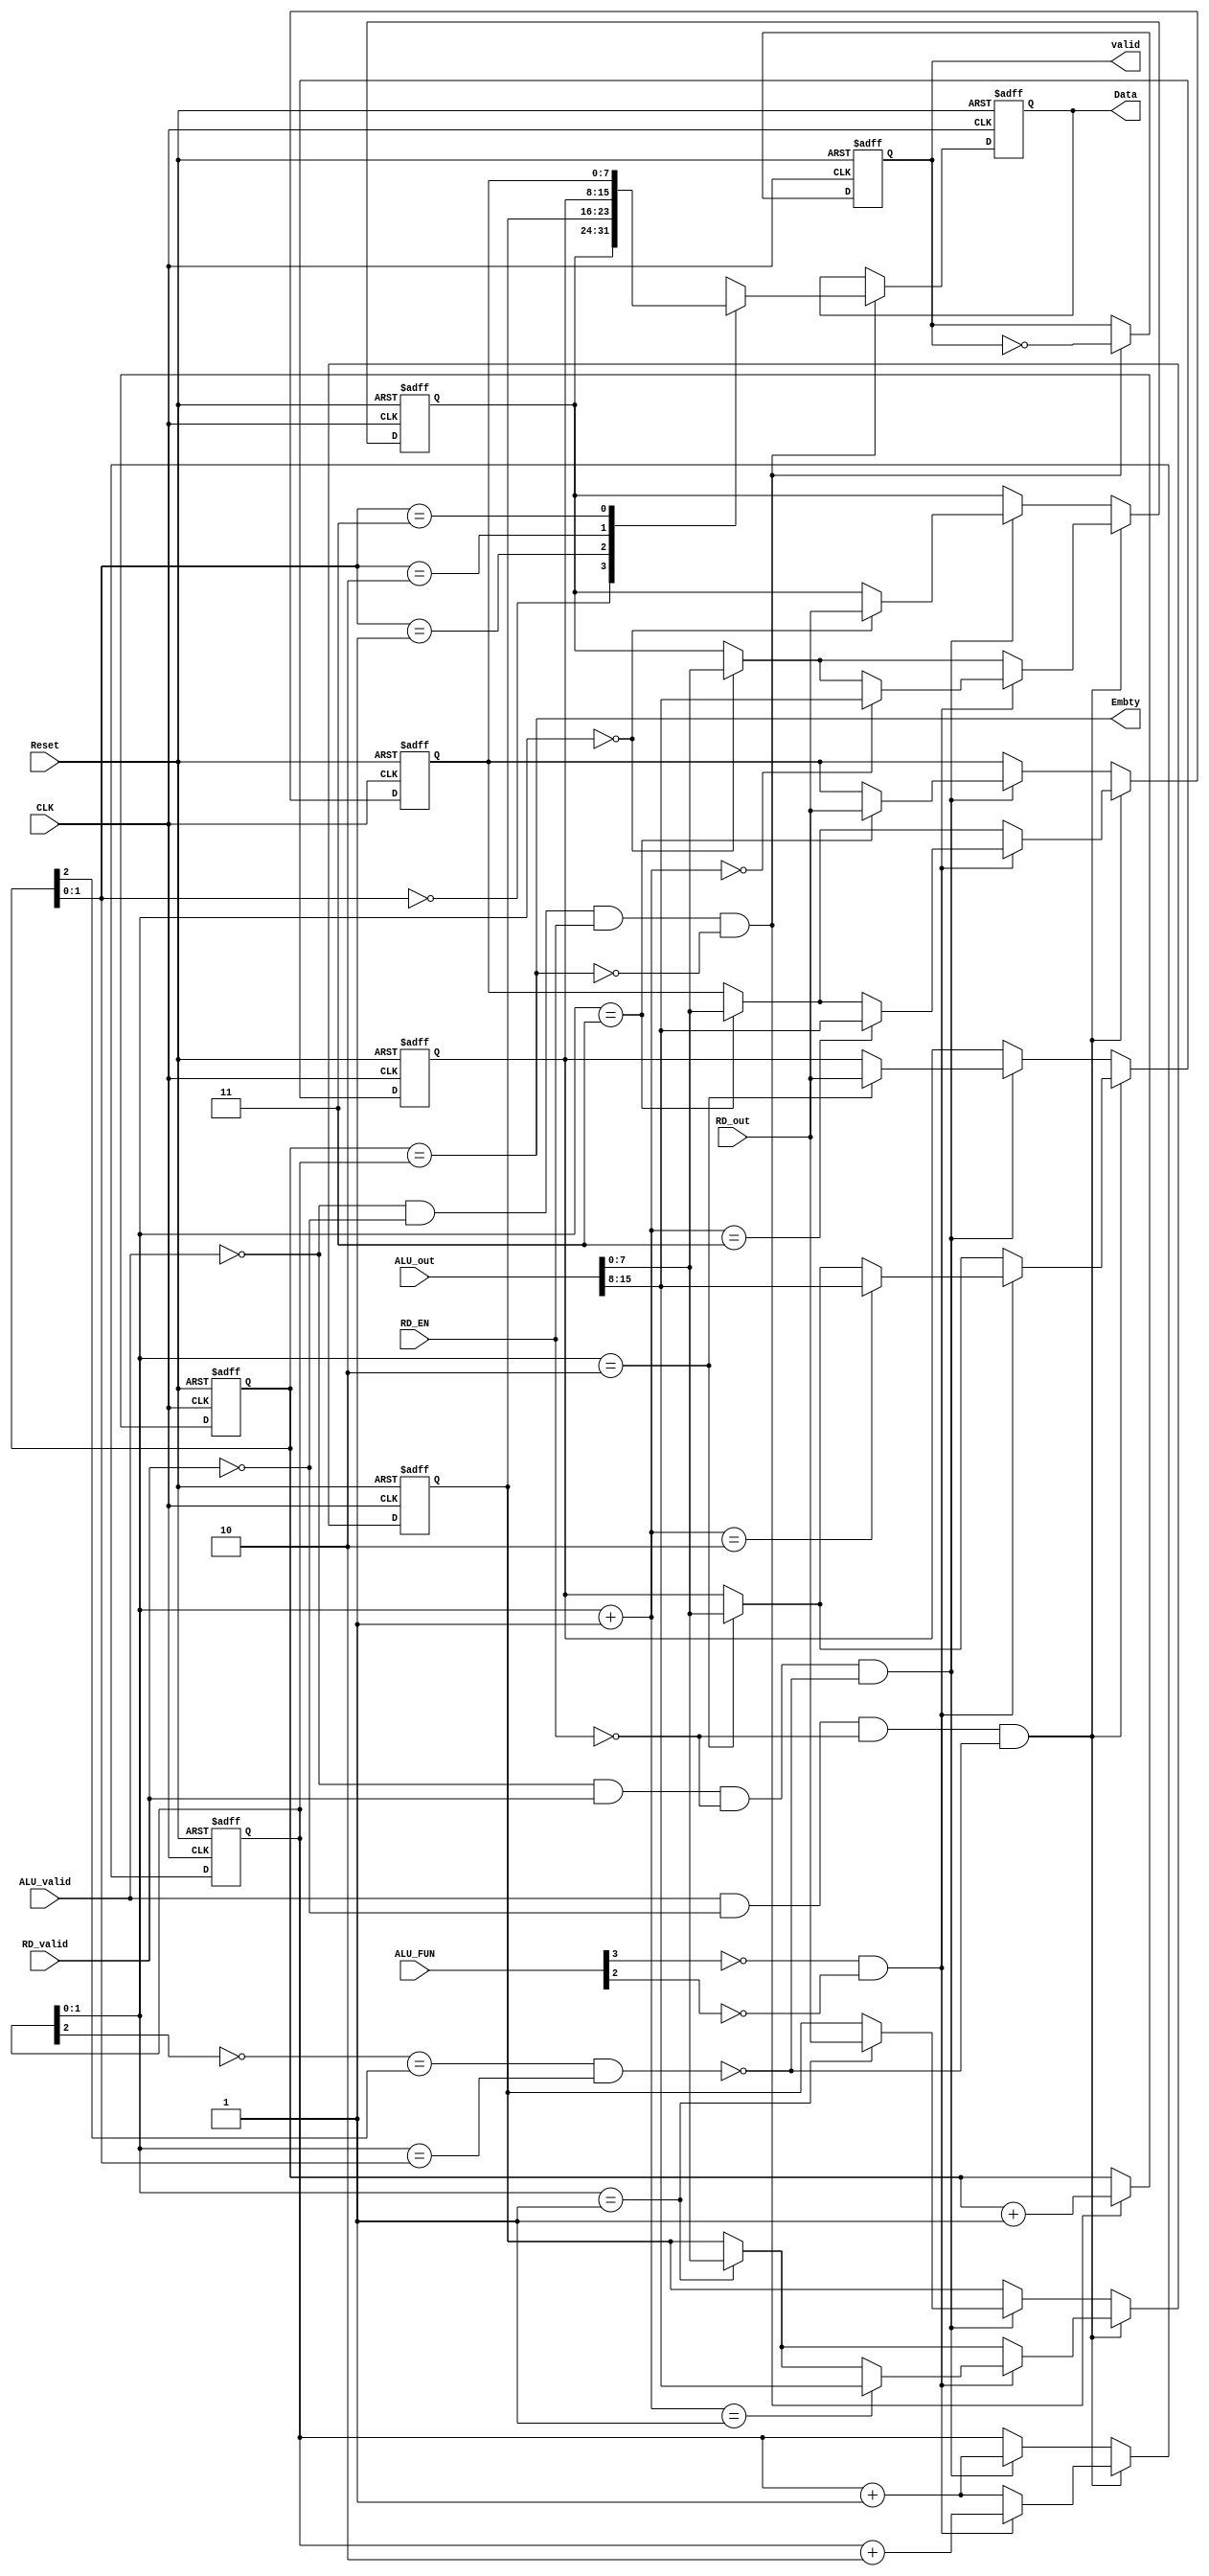
module SYNC_FIFO #(parameter width = 8,
                   parameter FDPTH = 4) (
    // input & output ports
    input  wire                 CLK,
    input  wire                 Reset,
    input  wire                 ALU_valid,
    input  wire                 RD_valid,
    input  wire                 RD_EN,
    input  wire [3:0]           ALU_FUN,
    input  wire [(width*2)-1:0] ALU_out,
    input  wire [width-1:0]     RD_out,
    output wire                 Embty,
    output reg  [width-1:0]     Data,
    output reg                  valid
);

//--------------------------//
//      internal signals    //
//--------------------------//
reg  [width-1:0]         FIFO    [FDPTH-1:0];
reg  [$clog2(FDPTH):0]   Wr_ptr;
reg  [$clog2(FDPTH):0]   Rd_ptr;
wire                     Full_1;
wire                     Full_2;
wire                     is_Arith;
wire [$clog2(FDPTH)-1:0] Wrptrplus1;
wire                     FULL;

integer i;

assign Embty      = Rd_ptr == Wr_ptr;
assign Full_1     = ~Wr_ptr[$clog2(FDPTH)] == Rd_ptr[$clog2(FDPTH)];
assign Full_2     = Wr_ptr[$clog2(FDPTH)-1:0] == Rd_ptr[$clog2(FDPTH)-1:0];
assign FULL       = Full_1 && Full_2;
assign is_Arith   = !ALU_FUN[3] && !ALU_FUN[2];
assign Wrptrplus1 = Wr_ptr[$clog2(FDPTH)-1:0] + 1;

always @(posedge CLK, negedge Reset) begin
    if (!Reset) begin
        for (i = 0; i<FDPTH; i=i+1) begin
            FIFO[i] <= 'b0;    
        end
    Wr_ptr <= 0;
    end

    else if (ALU_valid && !RD_valid && !RD_EN && !FULL) begin
        if (is_Arith) begin
            FIFO[Wr_ptr[$clog2(FDPTH)-1:0]] <= ALU_out[width-1:0];
            FIFO[Wrptrplus1]                <= ALU_out[(2*width)-1:width];
            Wr_ptr                          <= Wr_ptr + 2;
        end
        else begin
            FIFO[Wr_ptr[$clog2(FDPTH)-1:0]] <= ALU_out[width-1:0];
            Wr_ptr                          <= Wr_ptr + 1;
        end
    end

    else if (!ALU_valid && RD_valid && !RD_EN && !FULL) begin
        FIFO[Wr_ptr[$clog2(FDPTH)-1:0]] <= RD_out;
        Wr_ptr                          <= Wr_ptr + 1;
    end
end

always @(posedge CLK, negedge Reset) begin
    if (!Reset) begin
        Data   <= 0;
        valid  <= 0;
        Rd_ptr <= 0;
    end
    
    else if (!ALU_valid && !RD_valid && RD_EN && !Embty) begin
        Data   <= FIFO[Rd_ptr[$clog2(FDPTH)-1:0]];
        valid  <= ~valid;
        Rd_ptr <= Rd_ptr + 1;
    end
end

endmodule